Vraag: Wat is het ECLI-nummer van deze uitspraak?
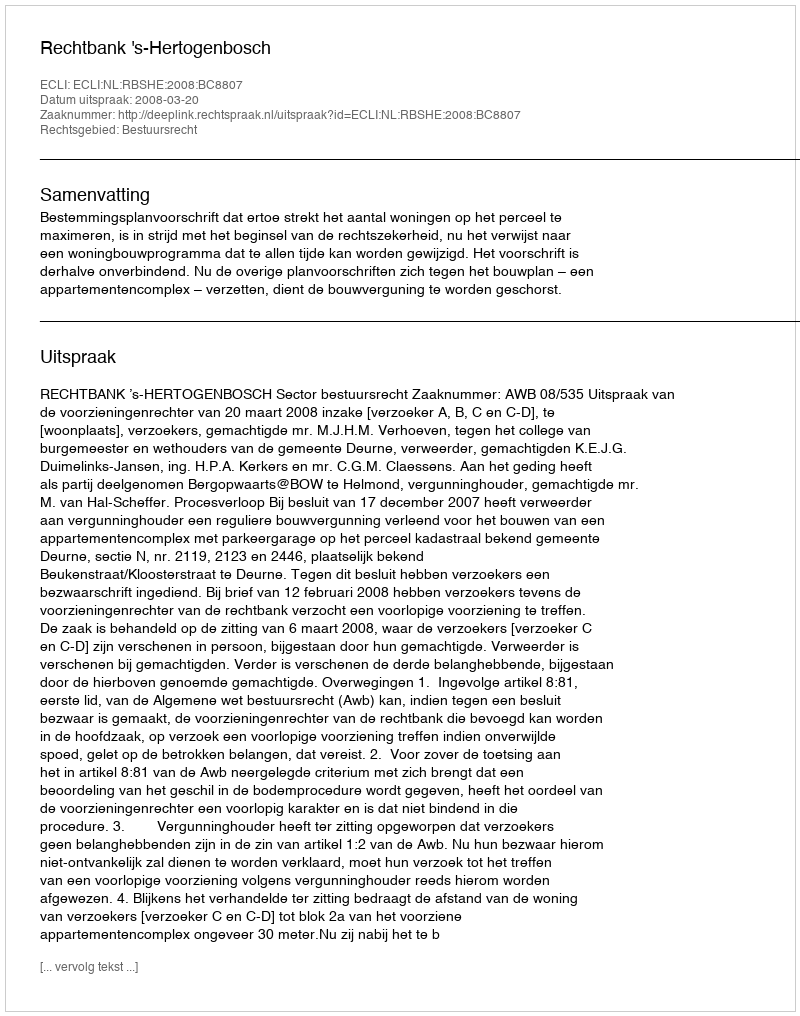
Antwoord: ECLI:NL:RBSHE:2008:BC8807